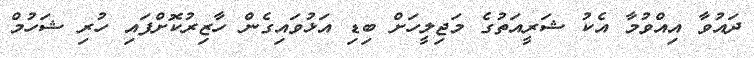
ދައުވާ އިއްވުމާ އެކު ޝަރީއަތުގެ މަޖިލީހަށް ބިޑި އަޅުވައިގެން ހާޒިރުކޮށްފައި ހުރި ޝަހުމް